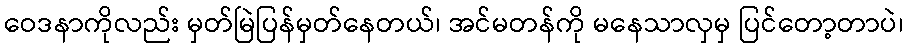
ဝေဒနာကိုလည်း မှတ်မြဲပြန်မှတ်နေတယ်၊ အင်မတန်ကို မနေသာလှမှ ပြင်တော့တာပဲ၊